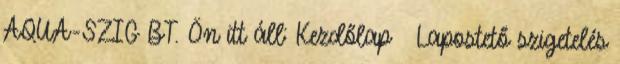
AQUA-SZIG BT. Ön itt áll: Kezdőlap Lapostető szigetelés